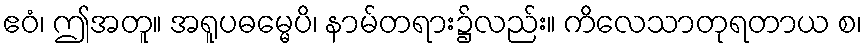
ဧဝံ၊ ဤအတူ။ အရူပဓမ္မေပိ၊ နာမ်တရား၌လည်း။ ကိလေသာတုရတာယ စ၊